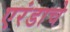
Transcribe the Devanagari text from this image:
एरंडाचे